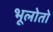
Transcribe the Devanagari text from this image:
भूलोतो